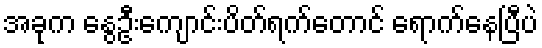
အခုက နွေဦးကျောင်းပိတ်ရက်တောင် ရောက်နေပြီပဲ